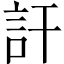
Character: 訐